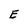
Character: E